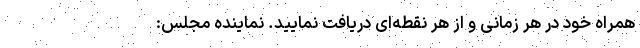
همراه خود در هر زمانی و از هر نقطه‌ای دریافت نمایید. نماینده مجلس: